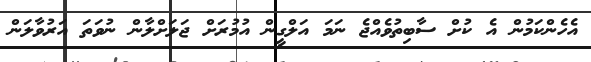
އެހެންކަމުން އެ ކުށް ސާބިތުވެއްޖެ ނަމަ އަލްގީން އުމުރަށް ޖަލަށްލާން ނުވަތަ އަރުވާލަން